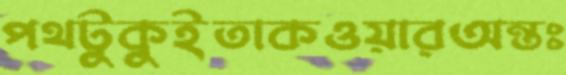
পথটুকুইতাকওয়ারঅন্তঃ